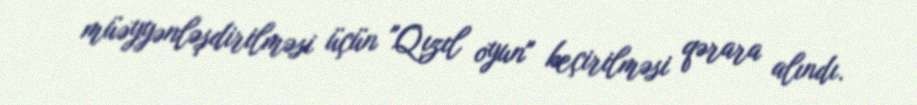
müəyyənləşdirilməsi üçün "Qızıl oyun" keçirilməsi qərara alındı.